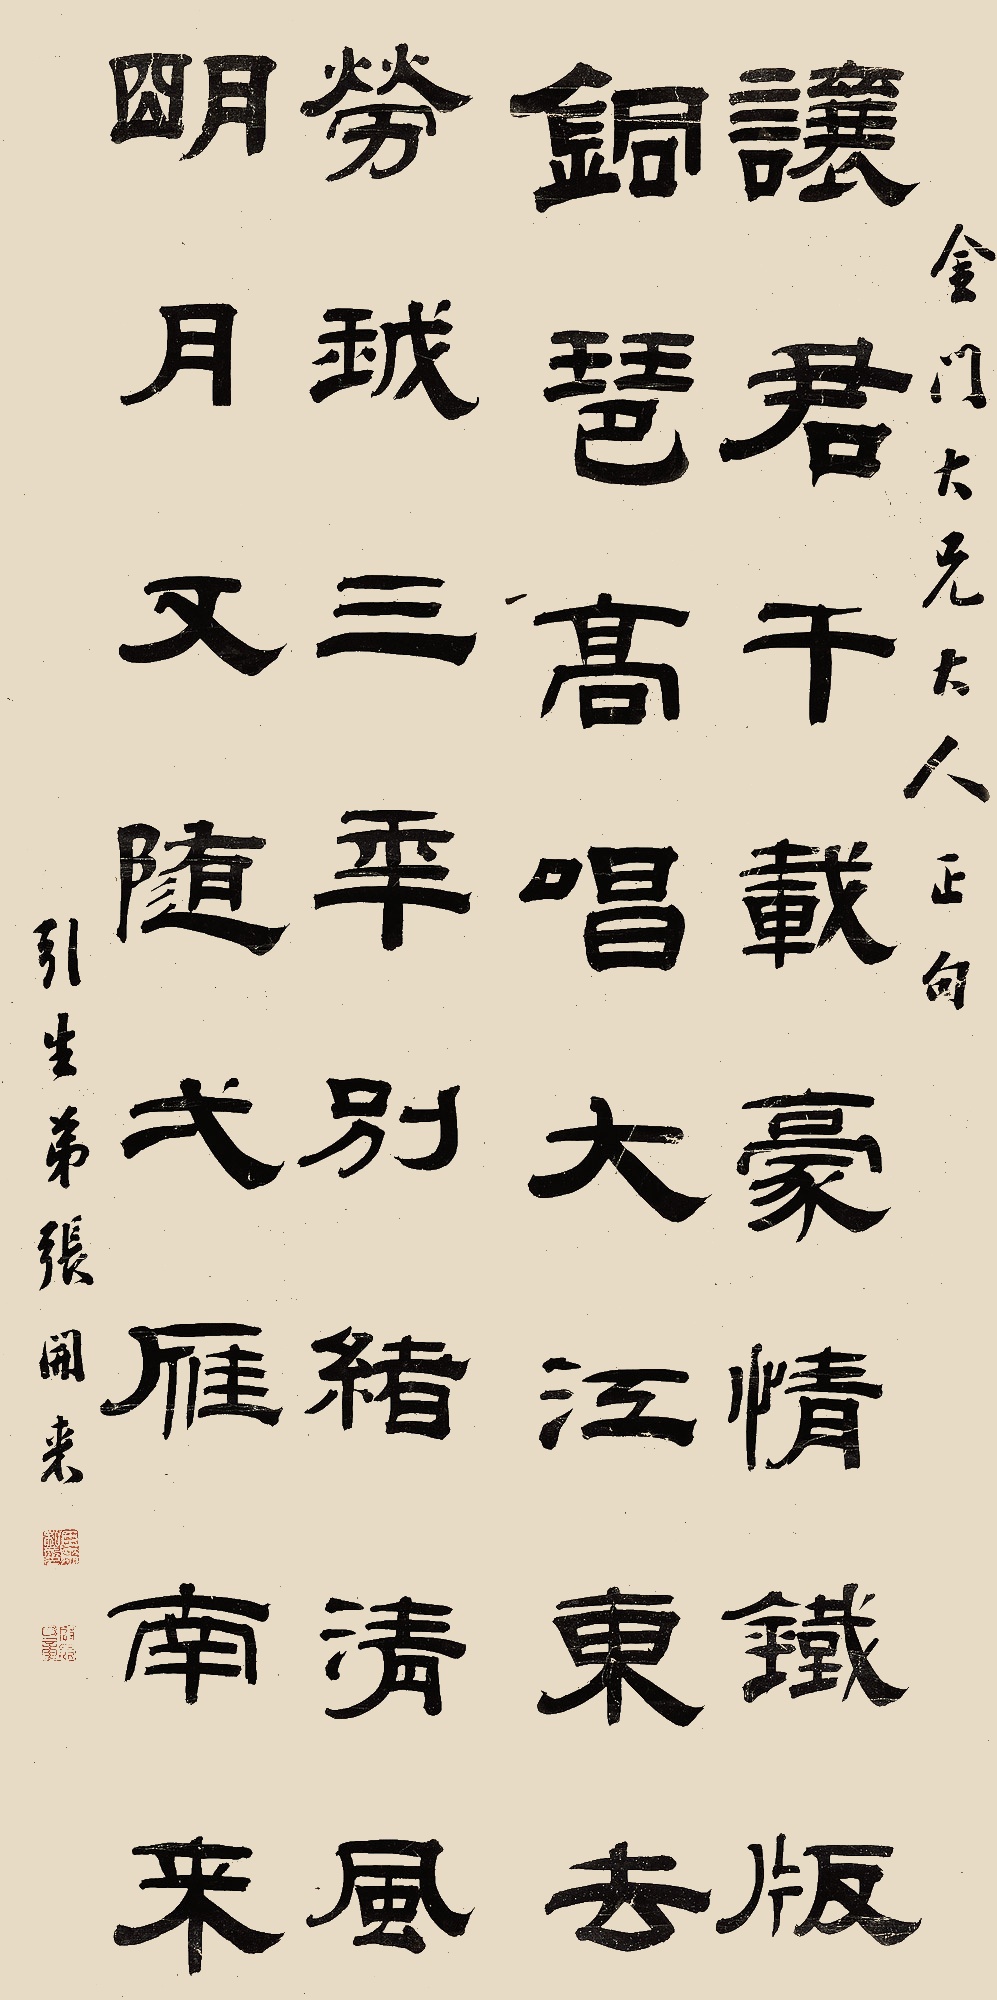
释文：让君千载豪情，铁版铜琶高唱大江东去；劳我三年别绪，清风明月又随弌雁南来。金门大兄大人正句，引生弟张开来。